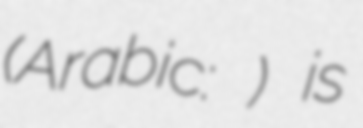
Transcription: (Arabic: القور) is